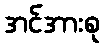
အင်အားစု